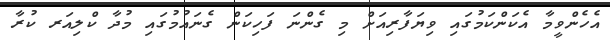
އެހެންވީމާ އެކަންކަމުގައި ވިޔަފާރިއަށް މި ގެންނަ ފަހިކަން ގެނައުމުގައި މުދާ ކްލިއަރ ކުރާ